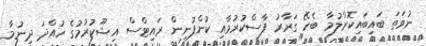
ނުވަތަ ބައިބައިކޮށްލުމާ ބެހޭ ގަރާރު ފާސްކުރުމާއި ކުންފުނިން ރައިޓްސް އިޝޫކުރުމުގެ ހުއްދަ ދިނުމާ